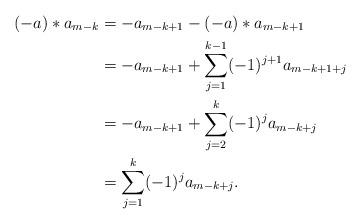
LaTeX: \begin{align*} (-a)*a_{m-k}&=-a_{m-k+1}-(-a)*a_{m-k+1}\\ &=-a_{m-k+1}+\sum_{j=1}^{k-1}(-1)^{j+1}a_{m-k+1+j}\\ &=-a_{m-k+1}+\sum_{j=2}^k(-1)^ja_{m-k+j}\\ &=\sum_{j=1}^k(-1)^ja_{m-k+j}. \end{align*}